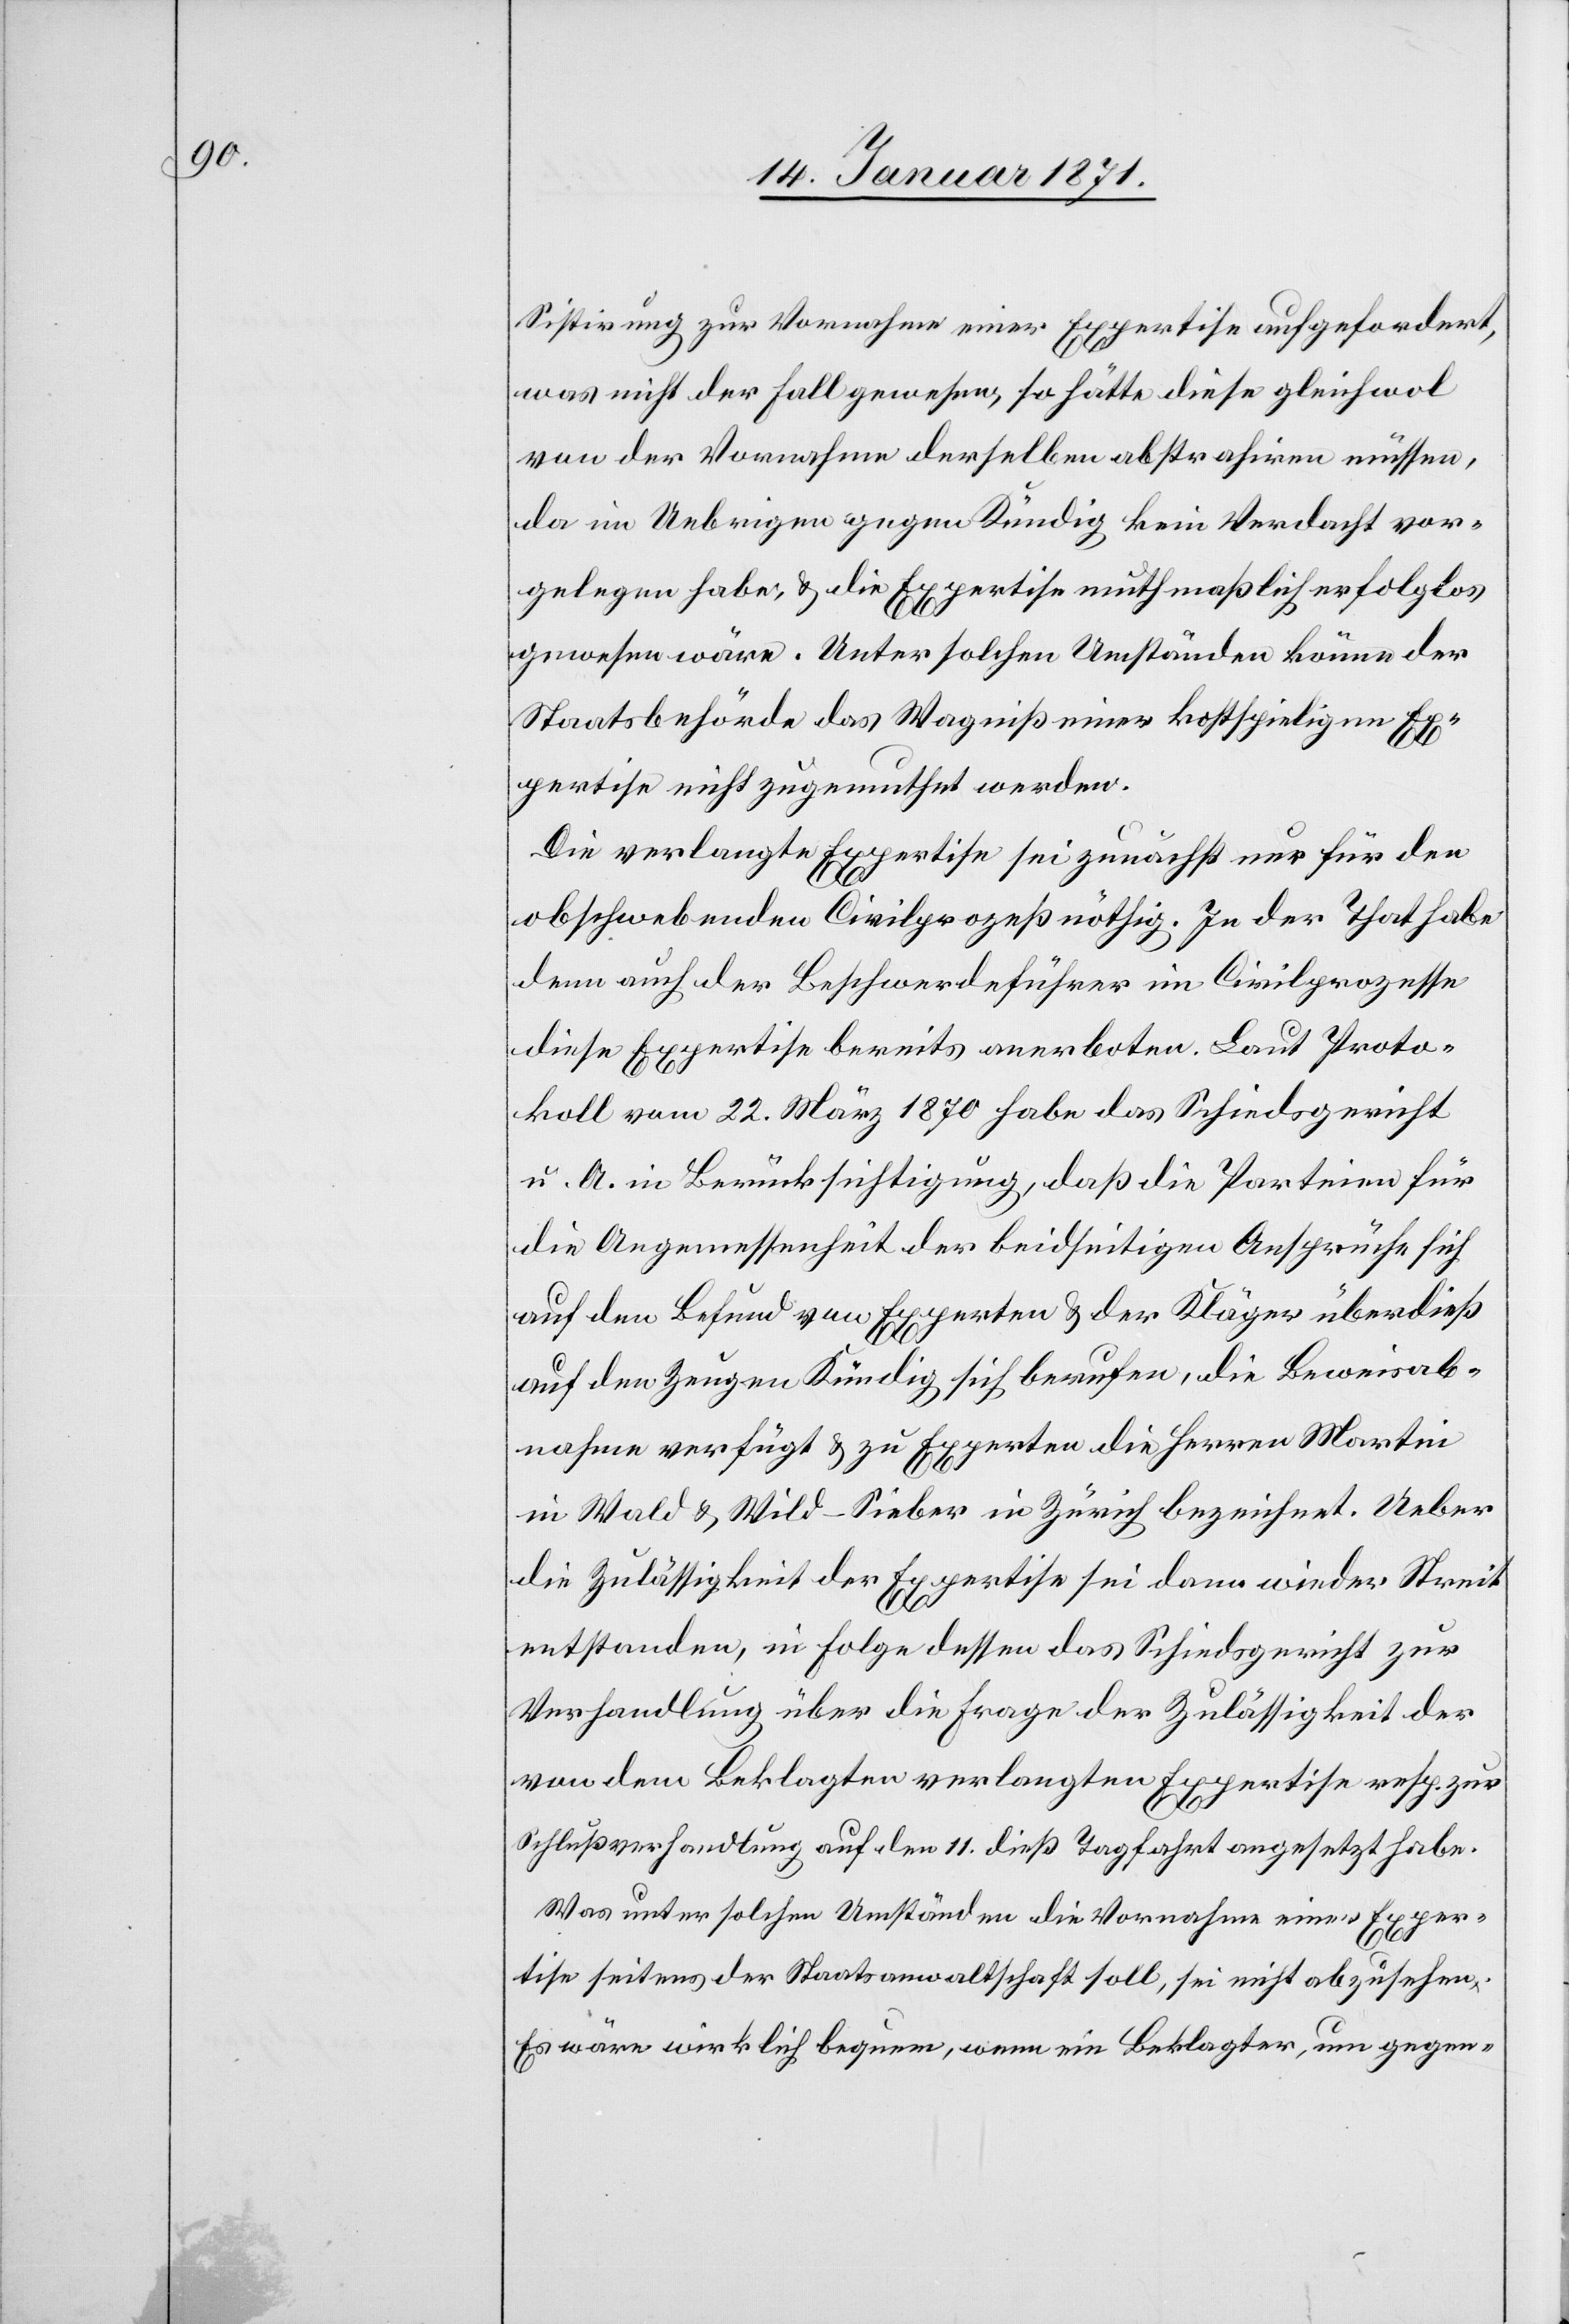
Sistirung zur Vornahme einer Expertise aufgefordert,
was nicht der Fall gewesen, so hätte diese gleichwol
von der Vornahme derselben abstrahiren müssen,
da im Uebrigen gegen Kündig kein Verdacht vor¬
gelegen habe, u. die Expertise muthmaßlich erfolglos
gewesen wäre. Unter solchen Umständen könne der
Staatsbehörde das Wagniß einer kostspieligen Ex¬
pertise nicht zugemutet werden.
Die verlangte Expertise sei zunächst nur für den
obschwebenden Civilprozeß nöthig. In der That habe
denn auch der Beschwerdeführer im Civilprozesse
diese Expertise bereits anerboten. Laut Proto¬
koll vom 22. März 1870 habe das Schiedsgericht
u. A. in Berücksichtigung, daß die Parteien für
die Angemessenheit der beidseitigen Ansprüche sich
auf den Befund vom Experten u. der Kläger überdieß
auf den Zeugen Kündig sich berufen, die Beweisab¬
nahme verfügt u. zu Experten die Herren Martin
im Wald u. Wild-Seiber in Zürich bezeichnet. Ueber
die Zulässigkeit der Expertise sei dann wieder Streit
entstanden, in Folge dessen das Schiedsgericht zur
Verhandlung über die Fragen der Zulässigkeit der
von dem Beklagten verlangten Expertise resp. zur
Schlußverhandlung auf den 11. dieß Tagfahrt angesetzt habe.
Was unter solchen Umständen die Vornahme einer Exper¬
tise seitens der Staatsanwaltschaft soll, sei nicht abzusehen.
Es wäre wirklich bequem wenn ein Beklagter, um gegen-